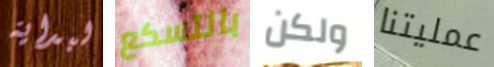
لبداية بالتسكع ولكن عمليتنا